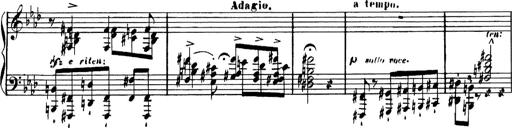
Title: RÃ©miniscences de Lucrezia Borgia
Composer: Franz Liszt